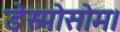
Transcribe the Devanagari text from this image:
डेस्मोसोम।